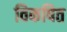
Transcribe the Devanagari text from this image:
विकषित